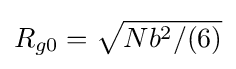
R_{g0}={\sqrt {Nb^{2}/(6)}}